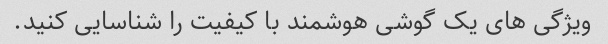
ویژگی های یک گوشی هوشمند با کیفیت را شناسایی کنید.